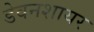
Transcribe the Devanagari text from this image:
डेवनशायर